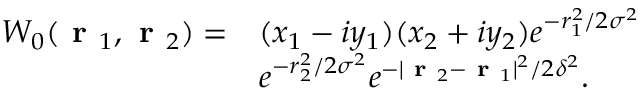
\begin{array} { r l } { W _ { 0 } ( \textbf { r } _ { 1 } , \textbf { r } _ { 2 } ) = } & { ( x _ { 1 } - i y _ { 1 } ) ( x _ { 2 } + i y _ { 2 } ) e ^ { - r _ { 1 } ^ { 2 } / 2 \sigma ^ { 2 } } } \\ & { e ^ { - r _ { 2 } ^ { 2 } / 2 \sigma ^ { 2 } } e ^ { - \vert \textbf { r } _ { 2 } - \textbf { r } _ { 1 } \vert ^ { 2 } / 2 \delta ^ { 2 } } . } \end{array}